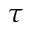
\tau